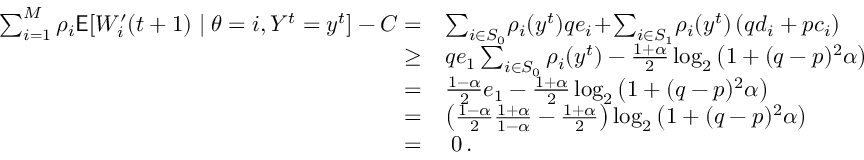
\begin{array} { r l } { \sum _ { i = 1 } ^ { M } \rho _ { i } \mathsf { E } [ W _ { i } ^ { \prime } ( t + 1 ) \mid \theta = i , Y ^ { t } = y ^ { t } ] - C = } & { \sum _ { i \in S _ { 0 } } \! \rho _ { i } ( y ^ { t } ) q e _ { i } \! + \! \sum _ { i \in S _ { 1 } } \! \rho _ { i } ( y ^ { t } ) \left( q d _ { i } + p c _ { i } \right) } \\ { \ge } & { q e _ { 1 } \sum _ { i \in S _ { 0 } } \rho _ { i } ( y ^ { t } ) - \frac { 1 + \alpha } { 2 } \log _ { 2 } \left( 1 + ( q - p ) ^ { 2 } \alpha \right) } \\ { = } & { \frac { 1 - \alpha } { 2 } e _ { 1 } - \frac { 1 + \alpha } { 2 } \log _ { 2 } \left( 1 + ( q - p ) ^ { 2 } \alpha \right) } \\ { = } & { \left( \frac { 1 - \alpha } { 2 } \frac { 1 + \alpha } { 1 - \alpha } - \frac { 1 + \alpha } { 2 } \right) \log _ { 2 } \left( 1 + ( q - p ) ^ { 2 } \alpha \right) } \\ { = } & { \; 0 \, . } \end{array}